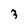
Character: 3